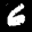
Label: 6